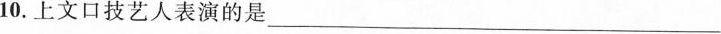
10.上文口技艺人表演的是___